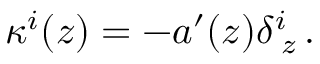
\kappa ^ { i } ( z ) = - a ^ { \prime } ( z ) \delta _ { \; z } ^ { i } \, .